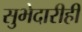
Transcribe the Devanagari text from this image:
सुभेदारीही